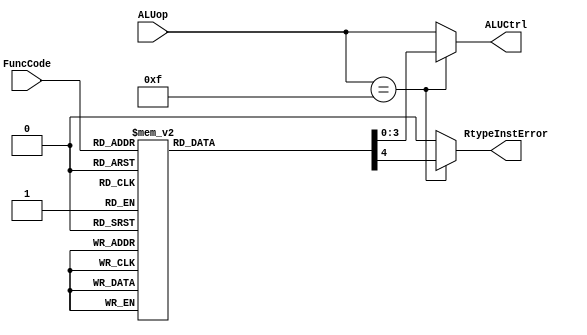
`timescale 1ns / 1ps
//////////////////////////////////////////////////////////////////////////////////
// Company: 
// Engineer: 
// 
// Design Name: 
// Module Name:    ALUControl 
// Project Name: 
// Target Devices: 
// Tool versions: 
// Description: 
//
// Dependencies: 
//
// Revision: 
// Revision 0.01 - File Created
// Additional Comments: 
//
//////////////////////////////////////////////////////////////////////////////////
`define SLLFunc  6'b000000
`define SRLFunc  6'b000010
`define SRAFunc  6'b000011
`define JRFunc	  6'b001000
`define ADDFunc  6'b100000
`define ADDUFunc 6'b100001
`define SUBFunc  6'b100010
`define SUBUFunc 6'b100011
`define ANDFunc  6'b100100
`define ORFunc   6'b100101
`define XORFunc  6'b100110
`define NORFunc  6'b100111
`define SLTFunc  6'b101010
`define SLTUFunc 6'b101011
`define MULAFunc 6'b111000
//
`define AND     4'b0000
`define OR      4'b0001
`define ADD     4'b0010
`define SLL     4'b0011
`define SRL     4'b0100
`define SUB     4'b0110
`define SLT     4'b0111
`define ADDU    4'b1000
`define SUBU    4'b1001
`define XOR     4'b1010
`define SLTU    4'b1011
`define NOR     4'b1100
`define SRA     4'b1101
`define LUI     4'b1110
`define RTYP	 4'b1111

// PipelinedALUControl module
// input ALUop, FuncCode
// output ALUCtrl. output is going to ALU input
module PipelinedALUControl(ALUCtrl, RtypeInstError, ALUop, FuncCode);
	output [3:0] ALUCtrl;
	output reg RtypeInstError;
	input [3:0] ALUop;
	input [5:0] FuncCode;
	reg [3:0] ALUCtrl;
	
	// behavioral block to set the output ALUCtrl signal
	// triggered by ALUop or FuncCode from SingleCycleControl module
	always @(ALUop or FuncCode) begin
		// if ALUop is R type, then generate correct ALUCtrl for each
		if(ALUop == `RTYP) begin
			case(FuncCode)
				(`SLLFunc) : begin 
					ALUCtrl <= `SLL;
					RtypeInstError <= 0;
				end
				(`SRLFunc) : begin
					ALUCtrl <= `SRL;
					RtypeInstError <= 0;
				end
				(`SRAFunc) : begin
					ALUCtrl <= `SRA;
					RtypeInstError <= 0;
				end
				(`ADDFunc) : begin
					ALUCtrl <= `ADD;
					RtypeInstError <= 0;
				end
				(`ADDUFunc) : begin
					ALUCtrl <= `ADDU;
					RtypeInstError <= 0;
				end
				(`SUBFunc) : begin
					ALUCtrl <= `SUB;
					RtypeInstError <= 0;
				end
				(`SUBUFunc) : begin
					ALUCtrl <= `SUBU;
					RtypeInstError <= 0;
				end
				(`ANDFunc) : begin
					ALUCtrl <= `AND;
					RtypeInstError <= 0;
				end
				(`ORFunc) : begin
					ALUCtrl <= `OR;
					RtypeInstError <= 0;
				end
				(`XORFunc) : begin
					ALUCtrl <= `XOR;
					RtypeInstError <= 0;
				end
				(`NORFunc) : begin
					ALUCtrl <= `NOR;
					RtypeInstError <= 0;
				end
				(`SLTFunc) : begin
					ALUCtrl <= `SLT;
					RtypeInstError <= 0;
				end
				(`SLTUFunc) : begin
					ALUCtrl <= `SLTU;
					RtypeInstError <= 0;
				end
				(`JRFunc) : begin
					ALUCtrl <= 4'bx;
					RtypeInstError <= 0;
				end
//				(`MULAFunc) : ALUCtrl <= `MULA;
				default : begin 
					ALUCtrl <= 4'bx;
					RtypeInstError <= 1;
				end
			endcase
		end else begin
		// if ALUop is not R type, then pass the ALUop to ALU directly
			ALUCtrl <= ALUop;
			RtypeInstError <= 0;
		end
	end
endmodule